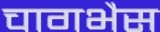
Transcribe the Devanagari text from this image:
चागभैस